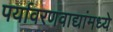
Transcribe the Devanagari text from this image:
पर्यावरणवाद्यांमध्ये